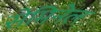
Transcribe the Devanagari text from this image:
सेमिनेल